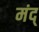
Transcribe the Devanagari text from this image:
मंद्